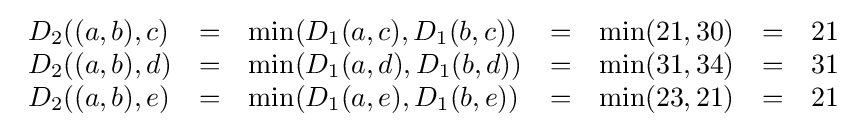
{\begin{array}{lllllll}D_{2}((a,b),c)&=&\min(D_{1}(a,c),D_{1}(b,c))&=&\min(21,30)&=&21\\D_{2}((a,b),d)&=&\min(D_{1}(a,d),D_{1}(b,d))&=&\min(31,34)&=&31\\D_{2}((a,b),e)&=&\min(D_{1}(a,e),D_{1}(b,e))&=&\min(23,21)&=&21\end{array}}